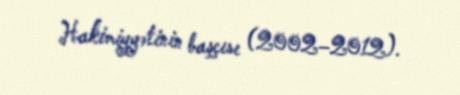
Hakimiyyətinin başçısı (2002–2012).